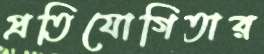
প্রতিযোগিতার